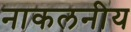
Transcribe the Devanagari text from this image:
नाकलनीय